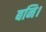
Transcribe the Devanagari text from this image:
बनि।